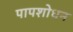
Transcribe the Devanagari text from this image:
पापशोधन